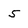
Character: 5